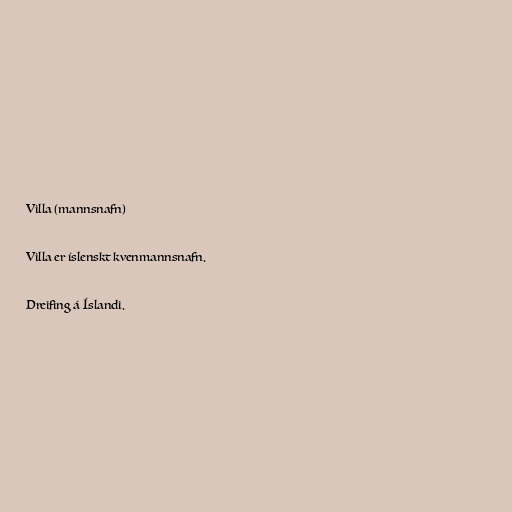
Villa (mannsnafn)

Villa er íslenskt kvenmannsnafn.

Dreifing á Íslandi.